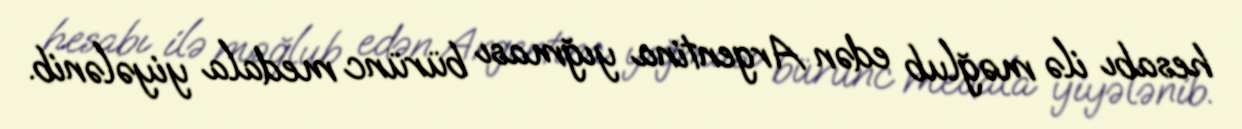
hesabı ilə məğlub edən Argentina yığması bürünc medala yiyələnib.